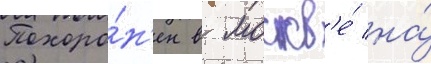
Похоро́н'ен в москв'е́ на́